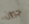
جيران